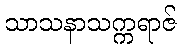
သာသနာသက္ကရာဇ်